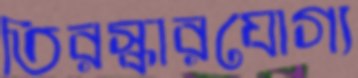
তিরস্কারযোগ্য